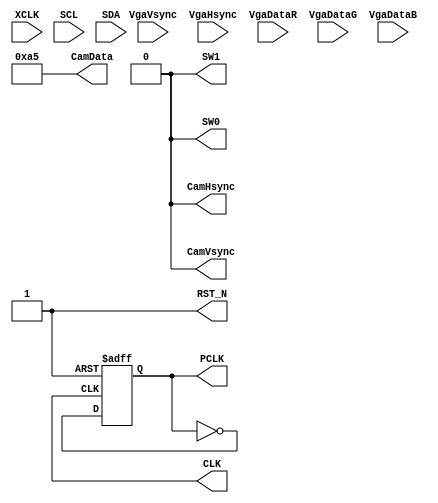
//--------------------------------------------------
//  
//      Verilog code generated by Visual HDL
//
//  Design Unit:
//  ------------
//      Unit    Name  :  testsub_VideoProc
//      Library Name  :  DE2_VGA
//  
//      Version       :  6.7.2-pc build 25 from Feb 19 2001
//  
//  Options Used:
//  -------------
//      Target
//         HDL        :  Verilog
//         Purpose    :  Simulation
//  
//      Style
//         Use tasks                      :  No
//         Code Destination               :  1 File per Unit
//         Attach Directives              :  Yes
//         Structural                     :  No
//         Free text style                :  / / ...
//         Preserve spacing for free text :  Yes
//         Sort Ports by mode             :  No
//         Declaration alignment          :  No
//         New line for each Port         :  No
//         Attach comment to Port         :  No
//
//--------------------------------------------------
//--------------------------------------------------
//  
//  Library Name :  DE2_VGA
//  Unit    Name :  testsub_VideoProc
//  Unit    Type :  Text Unit
//  
//----------------------------------------------------
//////////////////////////////////////////
//////////////////////////////////////////
//
//
// Company     : Onbitel
//
// Description : 
//
//////////////////////////////////////////
//////////////////////////////////////////
`timescale 1ns/10ps
module  testsub_VideoProc (XCLK, SCL, SDA, VgaVsync, VgaHsync, VgaDataR, VgaDataG, VgaDataB, CLK, RST_N, CamHsync, CamVsync, PCLK, CamData, SW0, SW1);
   input XCLK ;
   input SCL ;
   input SDA ;
   input VgaVsync ;
   input VgaHsync ;
   input [7:0] VgaDataR ; wire [7:0] VgaDataR ;
   input [7:0] VgaDataG ; wire [7:0] VgaDataG ;
   input [7:0] VgaDataB ; wire [7:0] VgaDataB ;
   output CLK ;
   output RST_N ;
   output CamHsync ;
   output CamVsync ;
   output PCLK ;
   output [7:0] CamData ; wire [7:0] CamData ;
   output SW0 ;
   output SW1 ;

    reg                 reset_n ;
    reg                 r_clk50m ;
    reg                 r_clk25m ;

   assign CLK   = r_clk50m;
   assign RST_N = reset_n;

   assign PCLK = r_clk25m;
   assign SW0 = 1'b0;
   assign SW1 = 1'b0;

    // !!!!!!!
   assign CamHsync = 1'b0;
   assign CamVsync = 1'b0;
   assign CamData = 8'hA5;


    initial begin
        reset_n = 0 ;
        #499.84 reset_n = 1 ;
    end

    initial begin
        r_clk50m = 0 ;
    end          
    
    always #10      r_clk50m <= ~r_clk50m ;

    always @(posedge r_clk50m or negedge reset_n)
    begin
        if(reset_n == 1'b0)
        begin
            r_clk25m <= 1'b0;
        end else begin
            r_clk25m <= ~r_clk25m;
        end 
    end

endmodule